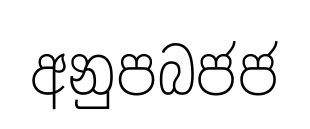
අනුපබජජ